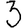
Digit: 3